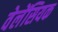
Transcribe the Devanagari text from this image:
वेलेंसियक